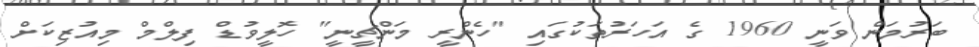
ބަރުމަން ވަނީ 1960 ގެ އަހަރުތަކުގައި "ހެންރީ މަންޗީނީ" ހޮލީވުޑް ފިލްމް މިއުޒިކަށް